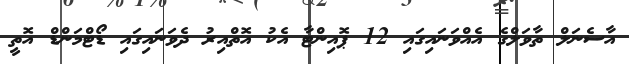
އާސެނަލް ތާވަލްގެ އެއްވަނައިގައި 12 ޕޮއިންޓާ އެކު އޮތްއިރު ދެވަނައިގައި ޑޯޓްމަންޑް އޮތީ